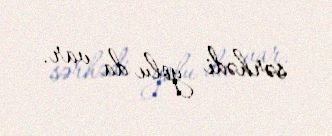
sərhədi yolu da var.